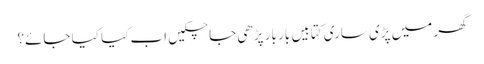
گھر میں پڑی ساری کتابیں بار بار پڑھی جا چکیں اب کیا کیا جائے؟